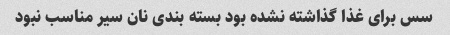
سس برای غذا گذاشته نشده بود بسته بندی نان سیر مناسب نبود